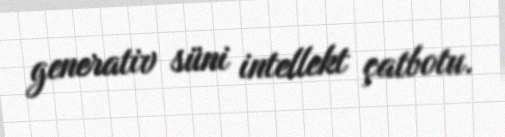
generativ süni intellekt çatbotu.